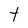
Character: t